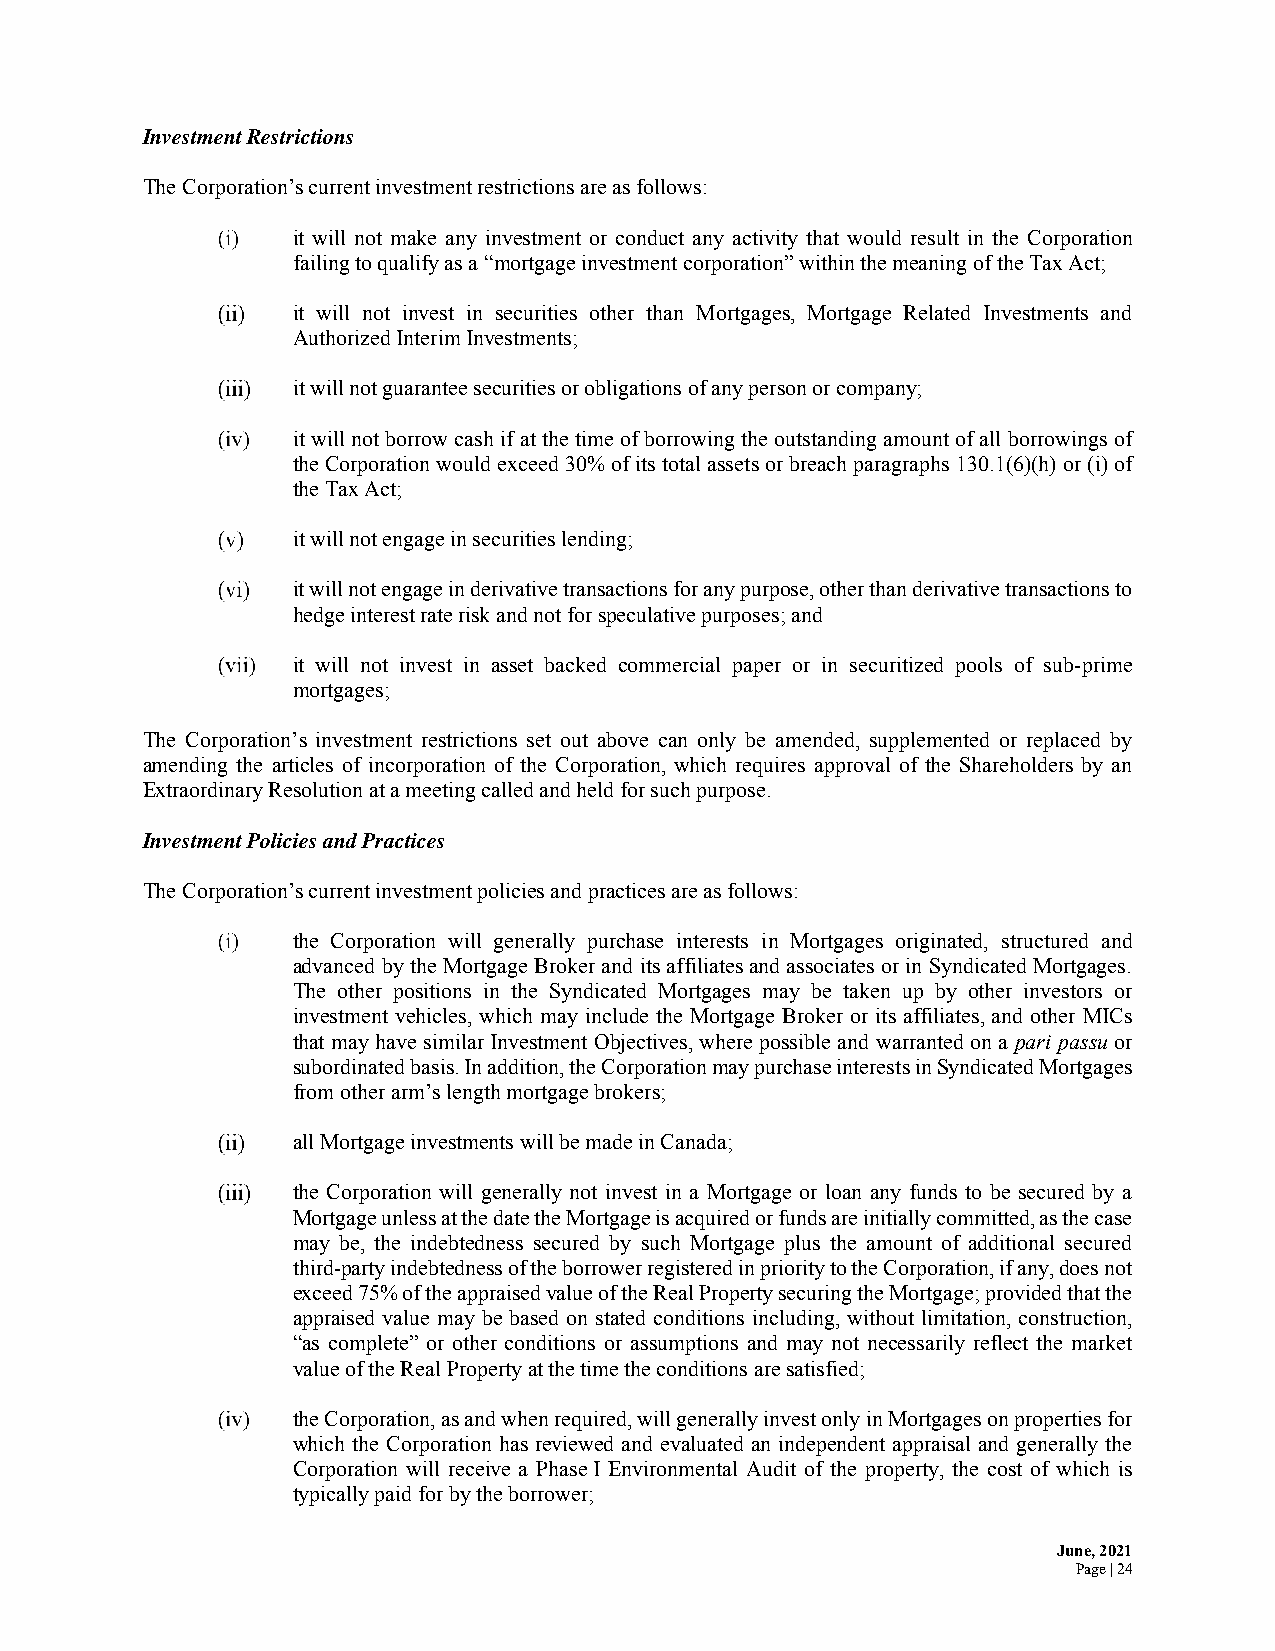
Investment Restrictions
 The Corporation’s current investment restrictions are as follows:
 it will not make any investment or conduct any activity that would result in the Corporation
 failing to qualify as a “mortgage investment corporation” within the meaning of the Tax Act;
 it will not invest in securities other than Mortgages, Mortgage Related Investments and
 Authorized Interim Investments;
 it will not guarantee securities or obligations of any person or company;
 it will not borrow cash if at the time of borrowing the outstanding amount of all borrowings of
 the Corporation would exceed 30% of its total assets or breach paragraphs 130.1(6)(h) or (i) of
 the Tax Act;
 it will not engage in securities lending;
 it will not engage in derivative transactions for any purpose, other than derivative transactions to
 hedge interest rate risk and not for speculative purposes; and
 it will not invest in asset backed commercial paper or in securitized pools of sub-prime
 mortgages;
 The Corporation’s investment restrictions set out above can only be amended, supplemented or replaced by
 amending the articles of incorporation of the Corporation, which requires approval of the Shareholders by an
 Extraordinary Resolution at a meeting called and held for such purpose.
 Investment Policies and Practices
 The Corporation’s current investment policies and practices are as follows:
 the Corporation will generally purchase interests in Mortgages originated, structured and
 advanced by the Mortgage Broker and its affiliates and associates or in Syndicated Mortgages.
 The other positions in the Syndicated Mortgages may be taken up by other investors or
 investment vehicles, which may include the Mortgage Broker or its affiliates, and other MICs
 that may have similar Investment Objectives, where possible and warranted on a pari passu or
 subordinated basis. In addition, the Corporation may purchase interests in Syndicated Mortgages
 from other arm’s length mortgage brokers;
 all Mortgage investments will be made in Canada;
 the Corporation will generally not invest in a Mortgage or loan any funds to be secured by a
 Mortgage unless at the date the Mortgage is acquired or funds are initially committed, as the case
 may be, the indebtedness secured by such Mortgage plus the amount of additional secured
 third-party indebtedness of the borrower registered in priority to the Corporation, if any, does not
 exceed 75% of the appraised value of the Real Property securing the Mortgage; provided that the
 appraised value may be based on stated conditions including, without limitation, construction,
 “as complete” or other conditions or assumptions and may not necessarily reflect the market
 value of the Real Property at the time the conditions are satisfied;
 the Corporation, as and when required, will generally invest only in Mortgages on properties for
 which the Corporation has reviewed and evaluated an independent appraisal and generally the
 Corporation will receive a Phase I Environmental Audit of the property, the cost of which is
 typically paid for by the borrower;
 June, 2021
 Page | 24